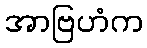
အာဗြဟံက